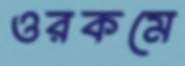
ওরকমে